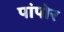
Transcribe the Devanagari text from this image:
पांपोर